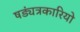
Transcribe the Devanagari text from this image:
षड्यंत्रकारियो